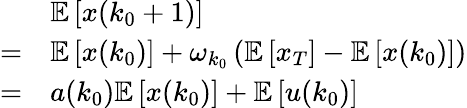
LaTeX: \begin{array}{rl}&{\mathbb{E}\left[x(k_{0}+1)\right]}\\ {=}&{\mathbb{E}\left[x(k_{0})\right]+\omega_{k_{0}}\left(\mathbb{E}\left[x_{T}\right]-\mathbb{E}\left[x(k_{0})\right]\right)}\\ {=}&{a(k_{0})\mathbb{E}\left[x(k_{0})\right]+\mathbb{E}\left[u(k_{0})\right]}\end{array}